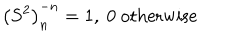
LaTeX: \left( S ^ { 2 } \right) _ { n } ^ { - n } = 1 , \ 0 \mathrm { ~ o t h e r w i s e }